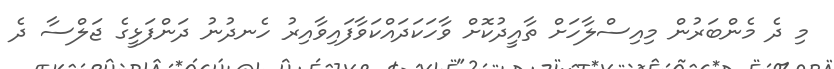
މި ދެ މެންބަރުން މިއިސްލާހަށް ތާއީދުކޮށް ވާހަކަދައްކަވާފައިވާއިރު ހެނދުނު ދަންފަޅީގެ ޖަލްސާ ދެ